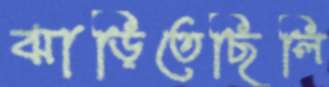
ঝাড়িতেছিলি